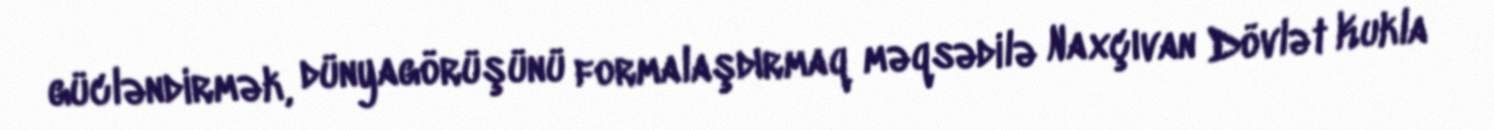
gücləndirmək, dünyagörüşünü formalaşdırmaq məqsədilə Naxçıvan Dövlət Kukla